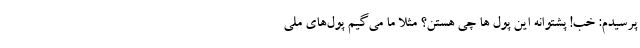
پرسیدم: خب! پشتوانه این پول ها چی هستن؟ مثلاً ما می­گیم پول­های ملی